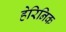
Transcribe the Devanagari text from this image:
हेरिनिक